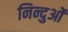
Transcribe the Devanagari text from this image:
निन्दुओं